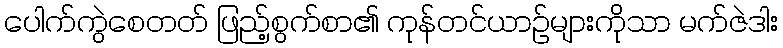
ပေါက်ကွဲစေတတ် ဖြည့်စွက်စာ၏ ကုန်တင်ယာဉ်များကိုသာ မက်ဇဲဒါး